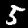
Digit: 5